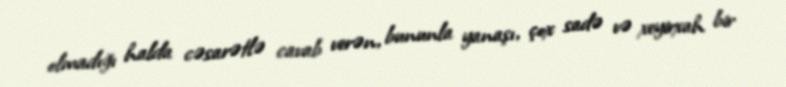
olmadığı halda cəsarətlə cavab verən, bununla yanaşı, çox sadə və xeyirxah bir